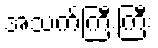
အသက်ကြီးကြီး